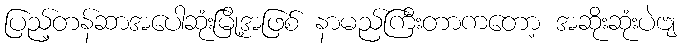
ပြည့်တန်ဆာအပေါဆုံးမြို့အဖြစ် နာမည်ကြီးတာကတော့ အဆိုးဆုံးပဲဗျ